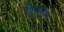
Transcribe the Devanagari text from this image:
श्रौथ